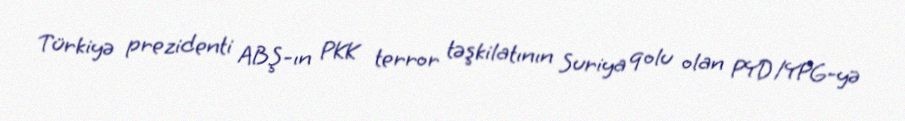
Türkiyə prezidenti ABŞ-ın PKK terror təşkilatının Suriya qolu olan PYD/YPG-yə